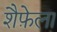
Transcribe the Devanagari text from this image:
शैफ़ेला